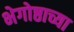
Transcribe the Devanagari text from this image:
भेगोष्ठाच्या